Vaccination in the Punjab 1867-1880 - 1867-1880
Year: 1867
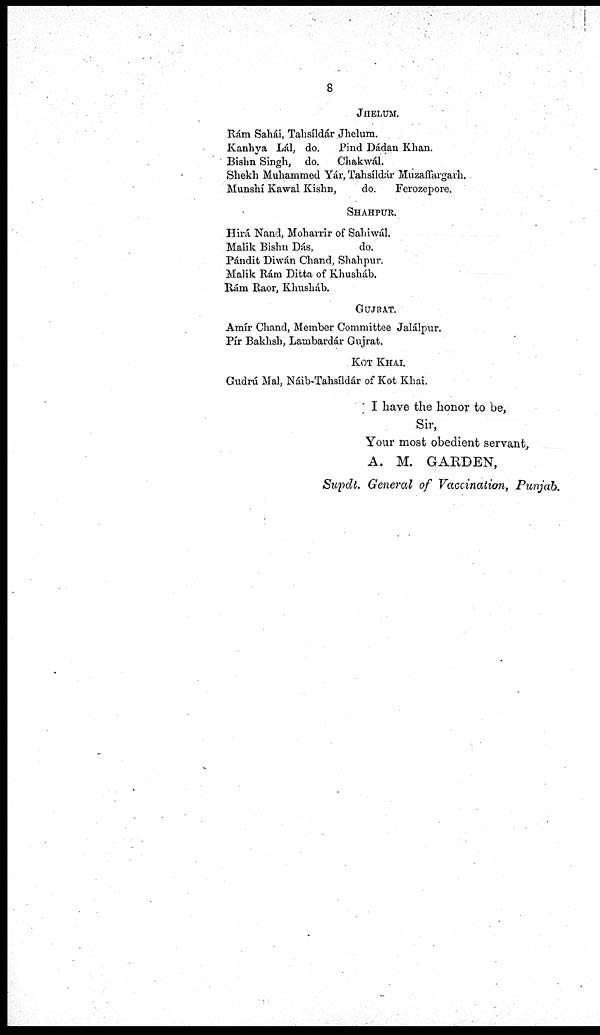
8
JHELUM.
Ram Sahái, Tahsíldár Jhelum.
Kanhya Lál, do.
Pind Dádan Khan.
Bishn Singh, do.
Chakwál.
Shekh Muhanimed Yár, Tahsíldár Muzaffargarh.
Munshí Kawal Kishn,
do.
Ferozepore.
SHAHPUR.
Hirá Nand, Moharrir of Sahiwál.
Malik Bishn Dás,
do.
Pándit Diwán Chand, Shahpur.
Malik Rám Ditta of Khusháb.
Rám Raor, Khusháb.
GUJRAT.
Amír Chand, Member Committee Jalálpur.
Pír Bakhsh, Lambardár Gujrat.
KOT KHAI.
Gudrú Mal, Náib-Tahsíldár of Kot Khai.
I have the honor to be,
Sir,
Your most obedient servant,
A. M. GARDEN,
Supdt. General of Vaccination, Punjab.